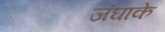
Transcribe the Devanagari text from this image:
जंघाके